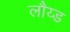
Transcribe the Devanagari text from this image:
लौय्ड